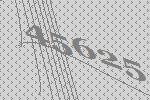
45625